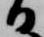
日